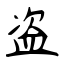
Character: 盗